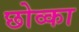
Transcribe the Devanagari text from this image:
छोव्का